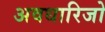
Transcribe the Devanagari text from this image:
अवधारिजो